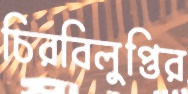
চিরবিলুপ্তির